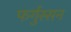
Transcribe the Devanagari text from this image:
फर्गुस्सन